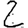
Digit: 2